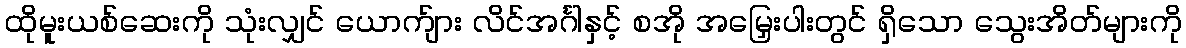
ထိုမူးယစ်ဆေးကို သုံးလျှင် ယောက်ျား လိင်အင်္ဂါနှင့် စအို အမြှေးပါးတွင် ရှိသော သွေးအိတ်များကို